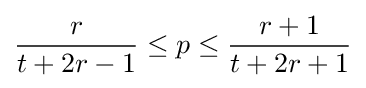
{\frac {r}{t+2r-1}}\leq p\leq {\frac {r+1}{t+2r+1}}